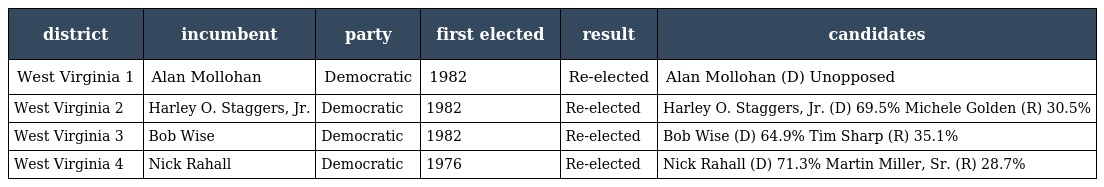
| district | incumbent | party | first elected | result | candidates |
 | --- | --- | --- | --- | --- | --- |
 | West Virginia 1 | Alan Mollohan | Democratic | 1982 | Re-elected | Alan Mollohan (D) Unopposed |
 | West Virginia 2 | Harley O. Staggers, Jr. | Democratic | 1982 | Re-elected | Harley O. Staggers, Jr. (D) 69.5% Michele Golden (R) 30.5% |
 | West Virginia 3 | Bob Wise | Democratic | 1982 | Re-elected | Bob Wise (D) 64.9% Tim Sharp (R) 35.1% |
 | West Virginia 4 | Nick Rahall | Democratic | 1976 | Re-elected | Nick Rahall (D) 71.3% Martin Miller, Sr. (R) 28.7% |